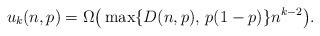
LaTeX: \begin{align*} u_k(n,p) = \Omega\big(\max\{D(n,p),\, p(1-p)\}n^{k-2}\big). \end{align*}